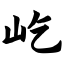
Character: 屹